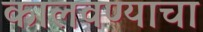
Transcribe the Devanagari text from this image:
कालवण्याचा